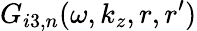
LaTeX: G_{i3,n}(\omega,k_{z},r,r^{\prime})